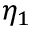
\eta _ { 1 }